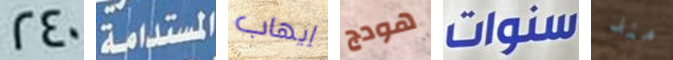
240 المستدامة إيهاب هودج سنوات مند